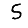
Digit: 5